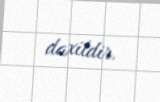
daxildir.